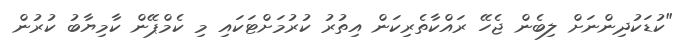
"ކުޑަކުދިންނަށް ލިބެން ޖެހޭ ރައްކާތެރިކަން އިތުރު ކުރުމަށްޓަކައި މި ކެމްޕޭން ކާމިޔާބު ކުރުން